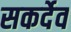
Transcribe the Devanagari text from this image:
सकर्देव